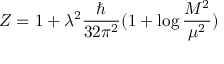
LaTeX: Z = 1 + \lambda ^ { 2 } \frac { \hbar } { 3 2 \pi ^ { 2 } } ( 1 + \log \frac { M ^ { 2 } } { \mu ^ { 2 } } )